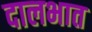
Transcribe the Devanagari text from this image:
दालभात